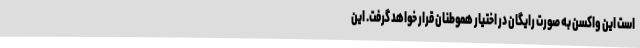
است این واکسن به صورت رایگان در اختیار هموطنان قرار خواهد گرفت. این